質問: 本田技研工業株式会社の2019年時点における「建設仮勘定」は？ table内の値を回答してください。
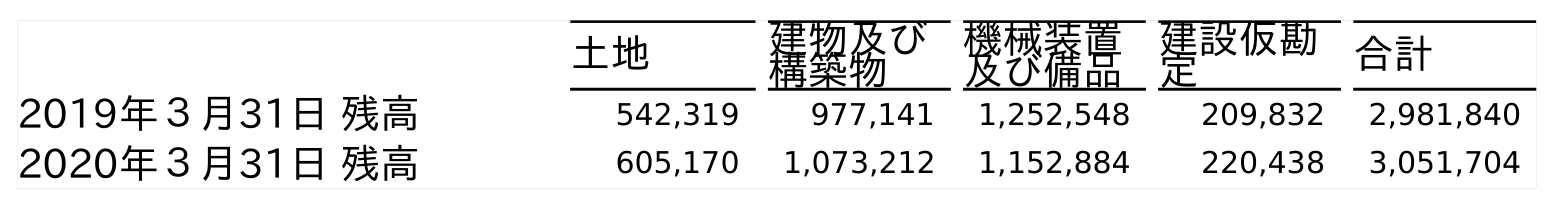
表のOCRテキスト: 土地 建物及び 構築物 機械装置 及び備品 建設仮勘 定 合計 2019年３月31日 残高 542,319 977,141 1,252,548 209,832 2,981,840 2020年３月31日 残高 605,170 1,073,212 1,152,884 220,438 3,051,704
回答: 209,832